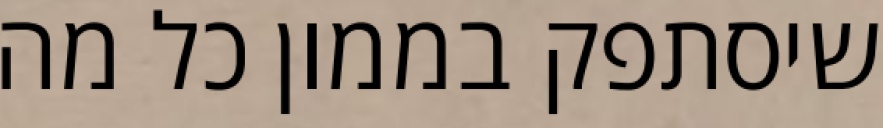
שיסתפק בממון כל מה